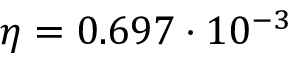
\eta = 0 . 6 9 7 \cdot 1 0 ^ { - 3 }